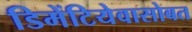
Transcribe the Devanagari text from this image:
डिमेंटियेवासोबत